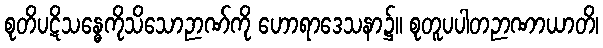
စုတိပဋိသန္ဓေကိုသိသောဉာဏ်ကို ဟောရာဒေသနာ၌။ စုတူပပါတဉာဏာယာတိ၊